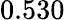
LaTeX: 0.530